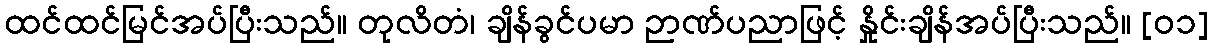
ထင်ထင်မြင်အပ်ပြီးသည်။ တုလိတံ၊ ချိန်ခွင်ပမာ ဉာဏ်ပညာဖြင့် နှိုင်းချိန်အပ်ပြီးသည်။ [၀၁]